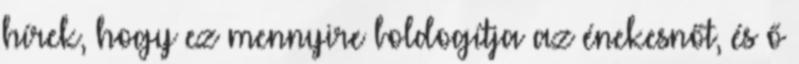
hírek, hogy ez mennyire boldogítja az énekesnőt, és ő